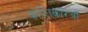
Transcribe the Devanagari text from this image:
कोशिकारओं